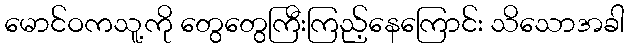
မောင်ဝကသူ့ကို တွေတွေကြီးကြည့်နေကြောင်း သိသောအခါ